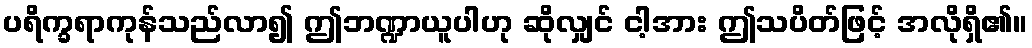
ပရိက္ခရာကုန်သည်လာ၍ ဤဘဏ္ဍာယူပါဟု ဆိုလျှင် ငါ့အား ဤသပိတ်ဖြင့် အလိုရှိ၏။